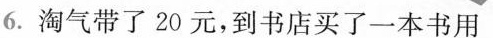
6.淘气带了20元，到书店买了一本书用